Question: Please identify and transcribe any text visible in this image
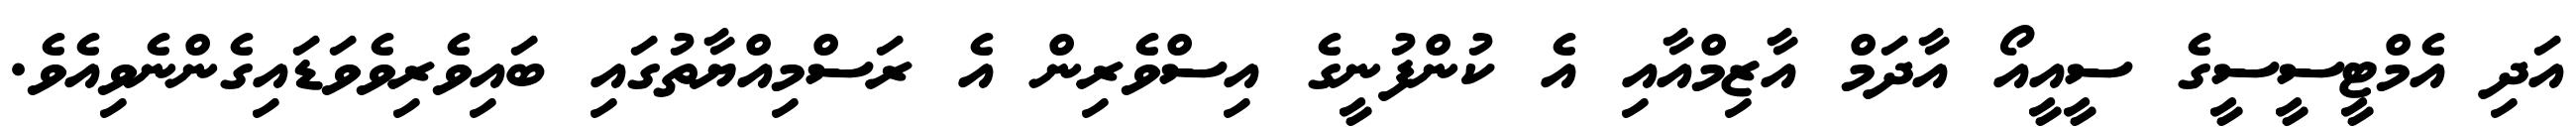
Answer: އަދި އެމްޓީސީސީގެ ސީއީއޯ އާދަމް އާޒިމްއާއި އެ ކުންފުނީގެ އިސްވެރިން އެ ރަސްމިއްޔާތުގައި ބައިވެރިވެވަޑައިގެންނެވިއެވެ.